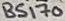
Text: BS170